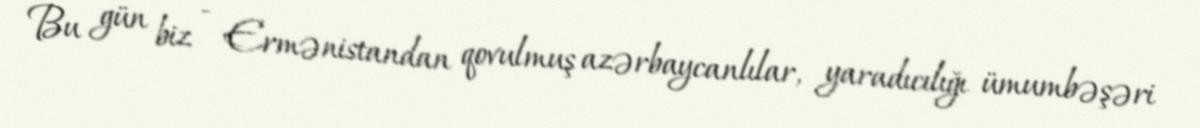
Bu gün biz - Ermənistandan qovulmuş azərbaycanlılar, yaradıcılığı ümumbəşəri